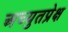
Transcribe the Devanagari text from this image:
अच्युतप्रेक्ष